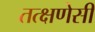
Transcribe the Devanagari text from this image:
तत्क्षणेसी